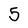
Character: 5